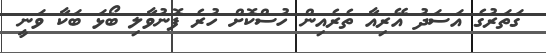
ގަތަރުގެ އަސަދު އޭރިއާ ތެރެއިން ހުސްކޮށް ހުރެ ފޮނުވާލި ބޯޅަ ބަކާ ވަނީ